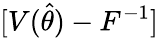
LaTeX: [V(\hat{\theta})-F^{-1}]